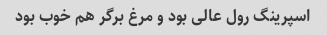
اسپرینگ رول عالی بود و مرغ بر‌گر هم خوب بود